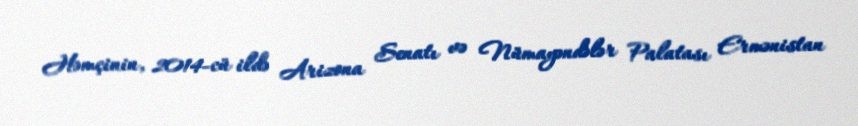
Həmçinin, 2014-cü ildə Arizona Senatı və Nümayəndələr Palatası Ermənistan